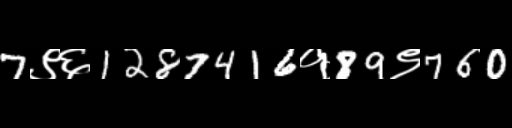
Text: 7९६1287416१89९760